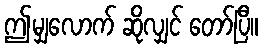
ဤမျှလောက် ဆိုလျှင် တော်ပြီ။